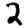
Digit: 2